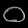
Digit: ၀